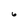
Character: 6